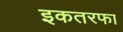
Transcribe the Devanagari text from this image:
इकतरफा